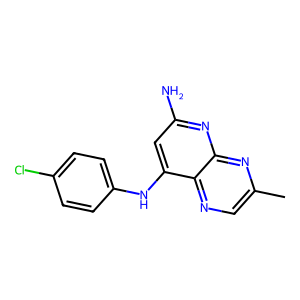
SMILES: Cc1cnc2c(Nc3ccc(Cl)cc3)cc(N)nc2n1
Inhibits HIV replication: No